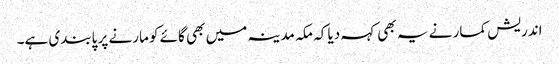
اندریش کمار نے یہ بھی کہہ دیا کہ مکہ مدینہ میں بھی گائے کو مارنے پر پابندی ہے۔